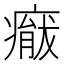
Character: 𱱢